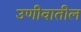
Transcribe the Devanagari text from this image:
उणीवातील